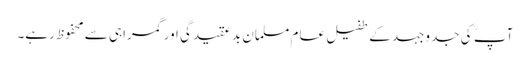
آپ ؒ کی جدوجہد کے طفیل عام مسلمان بد عقیدگی اور گمراہی سے محفوظ رہے۔